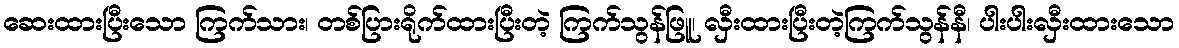
ဆေးထားပြီးသော ကြက်သား၊ တစ်ပြားရိုက်ထားပြီးတဲ့ ကြက်သွန်ဖြူ၊ လှီးထားပြီးတဲ့ကြက်သွန်နီ၊ ပါးပါးလှီးထားသော